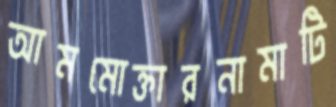
আমমোক্তারনামাটি